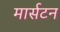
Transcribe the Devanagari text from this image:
मार्सटन